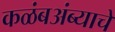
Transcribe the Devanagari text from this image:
कळंबअंब्याचे